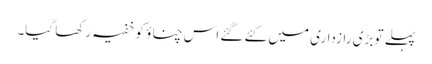
پہلے تو بڑی رازداری میں کئے گئے اس چناؤ کو خفیہ رکھا گیا۔